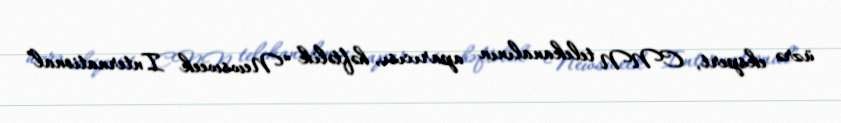
üzrə ekspert, CNN telekanalının aparıcısı, həftəlik “Newsweek International”